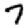
Digit: 7